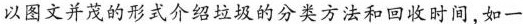
以图文并茂的形式介绍垃圾的分类方法和回收时间，如一